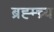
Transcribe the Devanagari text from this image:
ब्रह्म्च्र्य